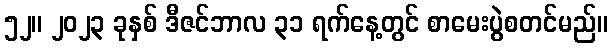
၅၂။ ၂၀၂၃ ခုနှစ် ဒီဇင်ဘာလ ၃၁ ရက်နေ့တွင် စာမေးပွဲစတင်မည်။